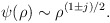
\begin{align*}\psi(\rho) \sim \rho^{(1 \pm j) /2}.\end{align*}